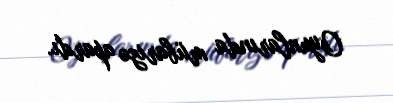
Oyunlarında mübarizə apardı.